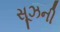
સૂઝની